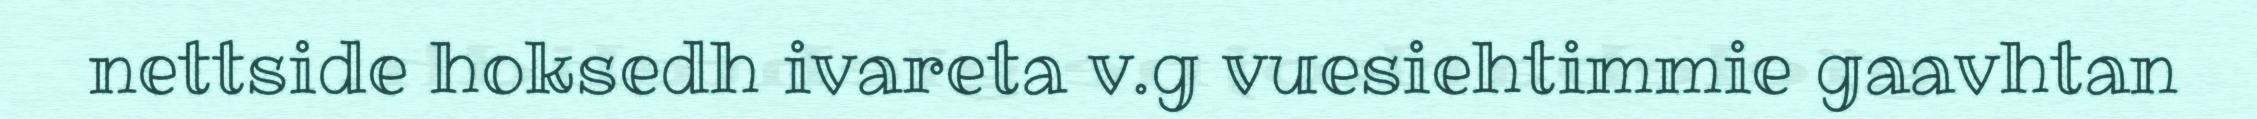
nettside hoksedh ivareta v.g vuesiehtimmie gaavhtan